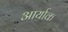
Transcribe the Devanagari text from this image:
आर्याक